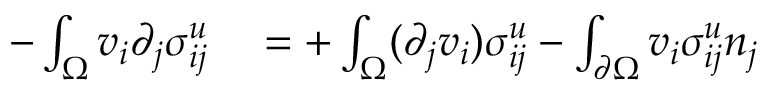
\begin{array} { r l } { - \int _ { \Omega } v _ { i } \partial _ { j } \sigma _ { i j } ^ { u } } & { { } = + \int _ { \Omega } ( \partial _ { j } v _ { i } ) \sigma _ { i j } ^ { u } - \int _ { \partial \Omega } v _ { i } \sigma _ { i j } ^ { u } n _ { j } } \end{array}